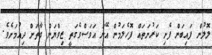
ލޮލުން ފައިބަން ފެށި ކަރުނަތައް ފޮހެލަމުން އޭނަ އަވަސްވެގަތީ ޒިވްޔަން ގާތަށް ދިއުމަށެވެ.